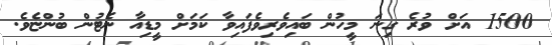
1500 އަށް ވުރެ ގިނަ މީހުން ބައިވެރިވެފައިވާ ކަމަށް މީޑިއާ ނެޓުން ބުންޏެވެ.